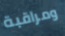
ومراقبة